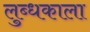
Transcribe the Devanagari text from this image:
लुब्धकाला